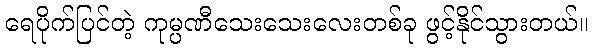
ရေပိုက်ပြင်တဲ့ ကုမ္ပဏီသေးသေးလေးတစ်ခု ဖွင့်နိုင်သွားတယ်။